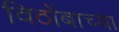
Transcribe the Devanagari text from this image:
विठोंबाच्या